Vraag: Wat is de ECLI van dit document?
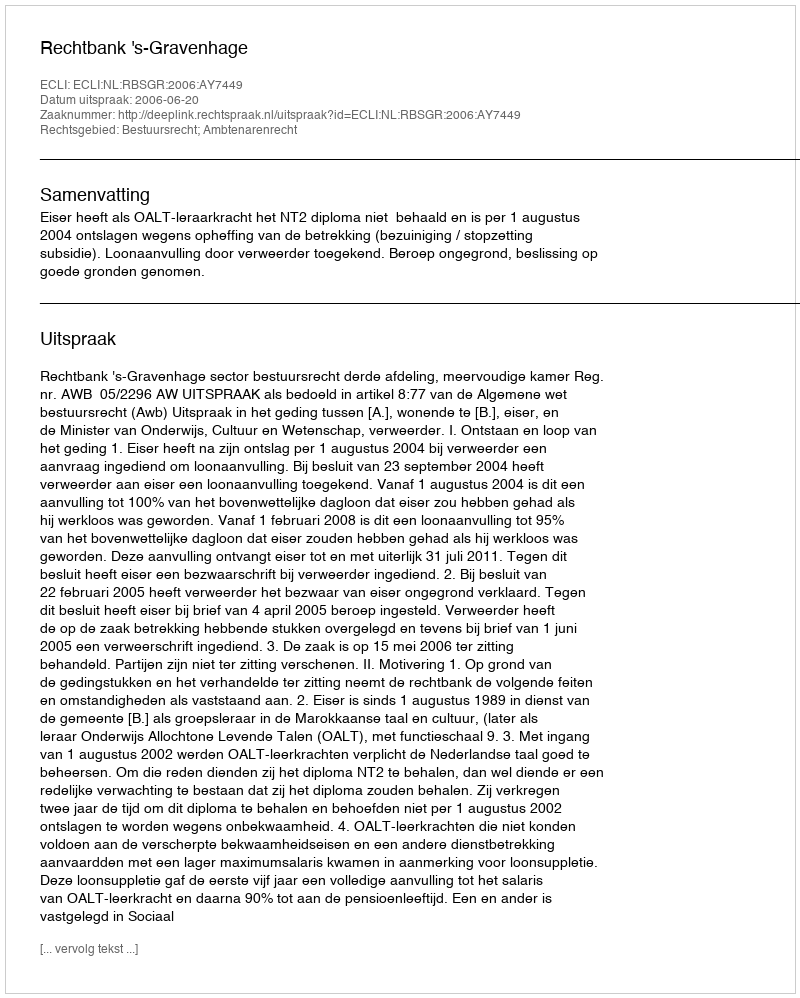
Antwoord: ECLI:NL:RBSGR:2006:AY7449